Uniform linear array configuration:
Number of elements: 16
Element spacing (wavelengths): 0.5
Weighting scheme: binomial
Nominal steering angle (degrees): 30
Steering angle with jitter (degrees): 29.468
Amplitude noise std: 0.05
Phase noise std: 0.05

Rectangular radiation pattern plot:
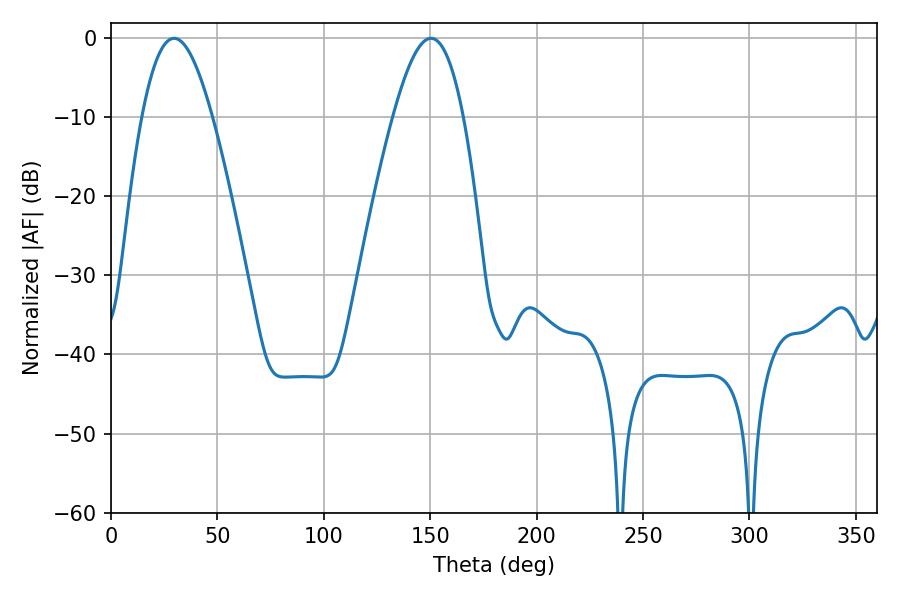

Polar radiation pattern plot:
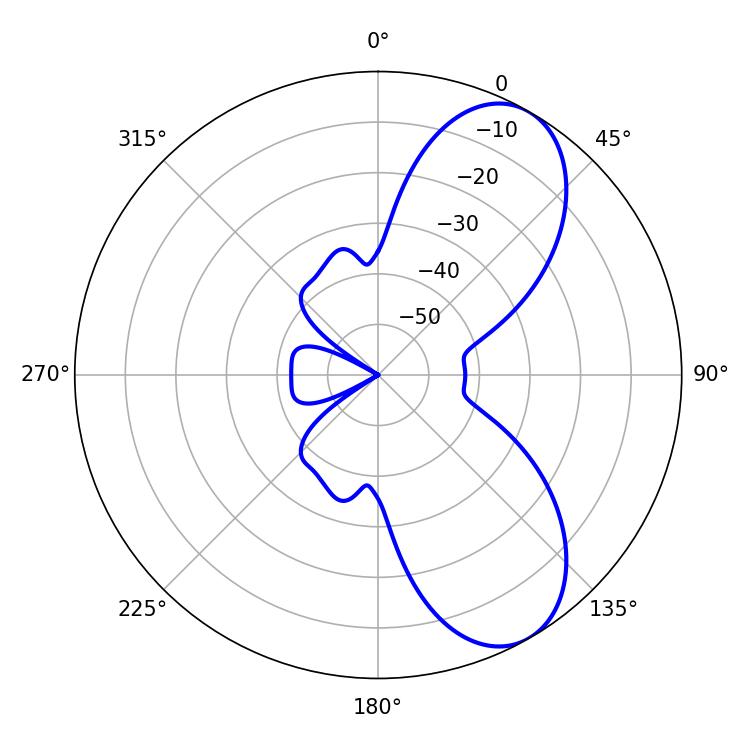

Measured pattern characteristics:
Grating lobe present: FALSE
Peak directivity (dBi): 7.687
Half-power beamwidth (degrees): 18
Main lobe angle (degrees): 29.7